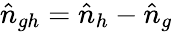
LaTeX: \hat{n}_{gh}=\hat{n}_{h}-\hat{n}_{g}